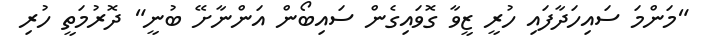
"މަންމަ ސައިހަދާފައި ހުރީ ޒީވާ ގޮވައިގެން ސައިބޯން އަންނާށޭ ބުނީ" ދޮރުމަތީ ހުރި